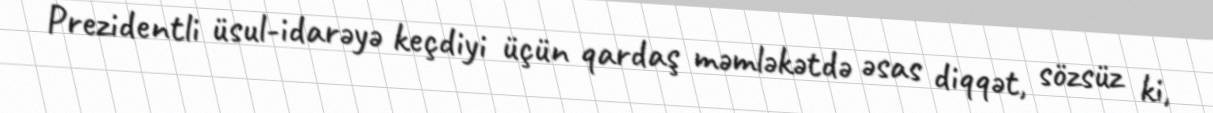
Prezidentli üsul-idarəyə keçdiyi üçün qardaş məmləkətdə əsas diqqət, sözsüz ki,